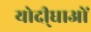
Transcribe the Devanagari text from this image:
योदी्धाओं